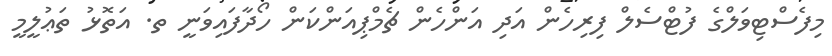
މިފެސްޓިވަލްގެ ފުޓްސެލް ފިރިހެން އަދި އަންހެން ޗެމްޕިއަންކަން ހޯދާފައިވަނީ ތ. އަތޮޅު ތަޢުލީމީ